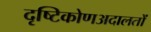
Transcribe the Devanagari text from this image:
दृष्टिकोणअदालतों